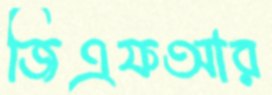
জিএফআর